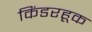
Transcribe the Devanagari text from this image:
किंडरहूक